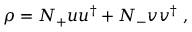
\rho = N _ { + } u u ^ { \dagger } + N _ { - } v v ^ { \dagger } \ ,